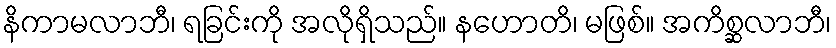
နိကာမလာဘီ၊ ရခြင်းကို အလိုရှိသည်။ နဟောတိ၊ မဖြစ်။ အကိစ္ဆလာဘီ၊